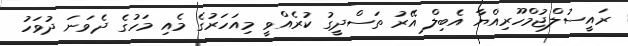
ރައީސުލްޖުމްހޫރިއްޔާ އެބިލް އޭރު ތަސްދީގު ކުރެއްވީ މިއަހަރުގެ މެއި މަހުގެ ދެވަނަ ދުވަހު